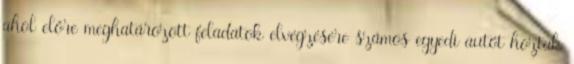
ahol előre meghatározott feladatok elvégzésére számos egyedi autót hoztak